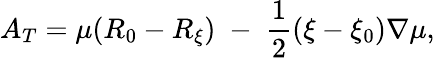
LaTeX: A_{T}=\mu(R_{0}-R_{\xi})\; -\; \frac{1}{2}(\xi-\xi_{0})\nabla\mu,